Note on the mental hospitals in Burma - 1925-1940
Year: 1925
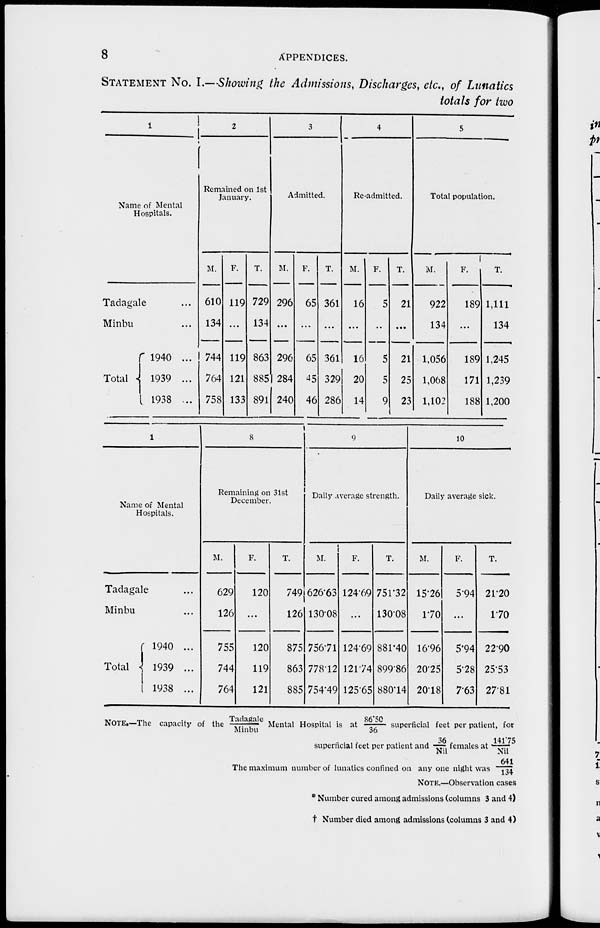
8
APPENDICES.
STATEMENT No. I.—Showing the Admissions, Discharges, etc., of Lunatics
totals for two
1
Name of Mental
Hospitals.
Tadagale ...
Minbu ...
Total
1940 ...
1939 ...
1938 ...
2
Remained on 1st
January.
M.
610
134
744
764
758
F.
119
...
119
121
133
T.
729
134
863
885
891
3
Admitted.
M.
296
...
296
284
240
F.
65
...
65
45
46
T.
361
...
361
329
286
4
Re-admitted.
M.
16
...
16
20
14
F.
5
...
5
5
9
T.
21
...
21
25
23
5
Total population.
M.
922
134
1,056
1,068
1,102
F.
189
...
189
171
188
T.
1,111
134
1,245
1,239
1,200
1
Name of Mental
Hospitals.
Tadagale ...
Minbu ...
Total
1940 ...
1939 ...
1938 ...
8
Remaining on 31st
December.
M.
629
126
755
744
764
F.
120
...
120
119
121
T.
749
126
875
863
885
9
Daily average strength.
M.
626.63
130.08
756.71
778.12
754.49
F.
124.69
...
124.69
121.74
125.65
T.
751.32
130.08
881.40
899.86
880.14
10
Daily average sick.
M.
15.26
1.70
16.96
20.25
20.18
F.
5.94
...
5.94
5.28
7.63
T.
21.20
1.70
22.90
25.53
27.81
NOTE.—The capacity of the Tadagale/ Minbu Mental Hospital is at 86.50/36 superficial feet per patient, for
superficial feet per patient and 36/Nil females at 141.75/Nil
The maximum number of lunatics confined on any one night was 641/134
NOTE.—Observation cases
* Number cured among admissions (columns 3 and 4)
† Number died among admissions (columns 3 and 4)